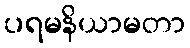
ပရမနိယာမတာ